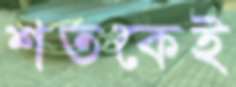
শতকেই